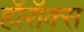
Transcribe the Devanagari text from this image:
हॉरॉक्स